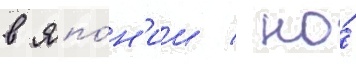
в япо́н'ии / но́